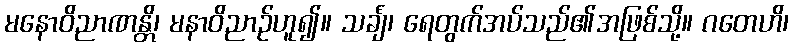
မနောဝိညာဏန္တိ၊ မနာဝိညာဉ်ဟူ၍။ သင်္ချံ၊ ရေတွက်အပ်သည်၏အဖြစ်သို့။ ဂတေဟိ၊